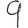
Digit: 9